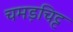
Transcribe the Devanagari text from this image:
चमड़चिट्ट